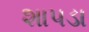
શાપડા